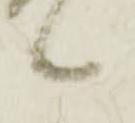
候